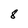
Character: 8